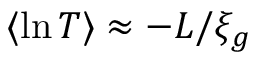
\langle \ln T \rangle \approx - L / \xi _ { g }